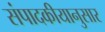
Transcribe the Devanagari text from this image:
संपादकीयानुसार